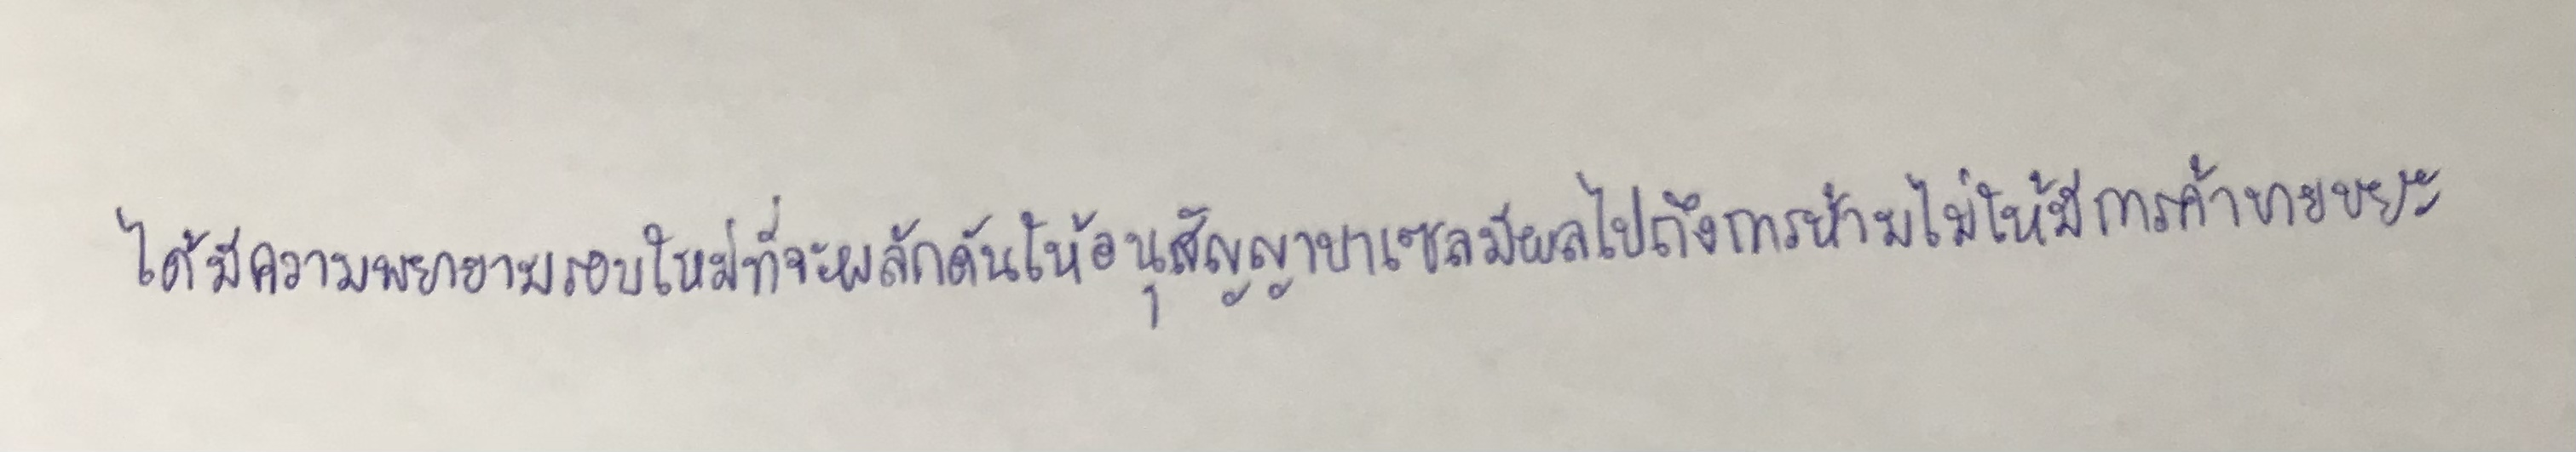
ได้มีความพยายามรอบใหม่ที่จะผลักดันให้อนุสัญญาบาเซลมีผลไปถึงการห้ามไม่ให้มีการค้าขายขยะ